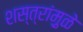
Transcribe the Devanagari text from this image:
शस्त्रांमु़ळे